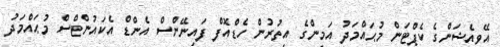
އޭވިއެޝަންގެ ކެޕްޓަން މުޙައްމަދު އަމީންގެ އިތުރުން ހެޑްއޮފް ފައިނޭންސް އެންޑް އެކައުންޓްސް މުޙައްމަދު